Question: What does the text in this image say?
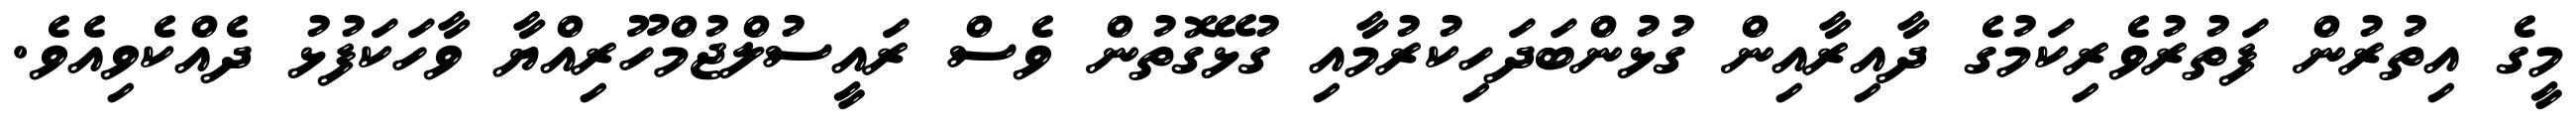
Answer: މީގެ އިތުރުން ފަތުރުވެރިކަމުގެ ދާއިރާއިން ގުޅުންބަދަހިކުރުމާއި ގުޅޭގޮތުން ވެސް ރައީސުލްޖުމްހޫރިއްޔާ ވާހަކަފުޅު ދެއްކެވިއެވެ.